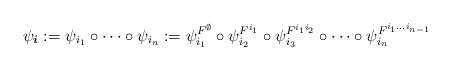
\begin{align*} \psi_{\boldsymbol{i}} := \psi_{i_1}\circ \dots \circ \psi_{i_n} := \psi^{F^\emptyset}_{i_1} \circ \psi^{F^{i_1}}_{i_2} \circ \psi^{F^{i_1i_2}}_{i_3} \circ \dots \circ \psi^{F^{i_1\dots i_{n-1}}}_{i_n}\end{align*}